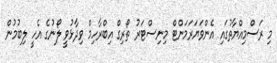
މި ރަސްމިއްޔާތުގައި އެންވަޔަރަމަންޓް މިނިސްޓަރު ތޯރިގް އިބްރާހިމް ވިދާޅުވީ ލޯނުގެ އެހީ ލިބުމުން